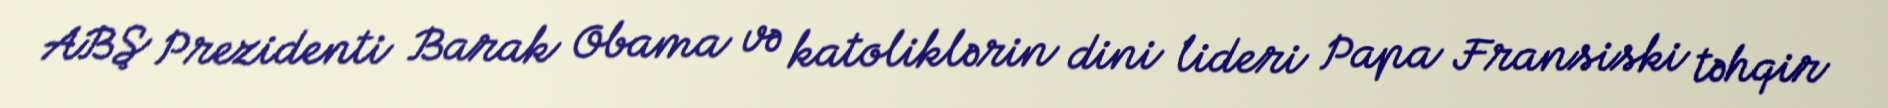
ABŞ Prezidenti Barak Obama və katoliklərin dini lideri Papa Fransiski təhqir